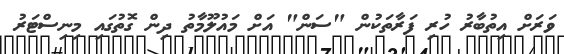
ވަރަށް އިތުބާރު ހުރި ފަރާތަކުން "ސަން" އަށް މައުލޫމާތު ދިން ގޮތުގައި މިނިސްޓަރު